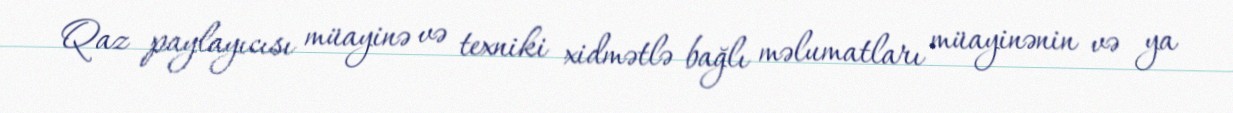
Qaz paylayıcısı müayinə və texniki xidmətlə bağlı məlumatları müayinənin və ya